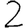
Digit: 2